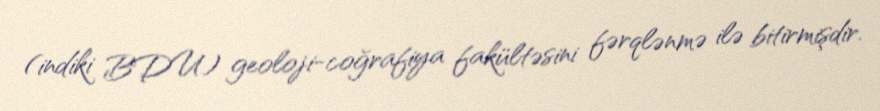
(indiki BDU) geoloji-coğrafiya fakültəsini fərqlənmə ilə bitirmişdir.